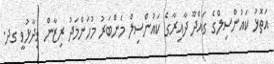
އަތޮޅު ކައުންސިލްގެ ގައްދޫ ދާއިރާގެ ކައުންސިލް މެންބަރު މުހަންމަދު ރިޒާން ވިދާޅުވީ ގދ.